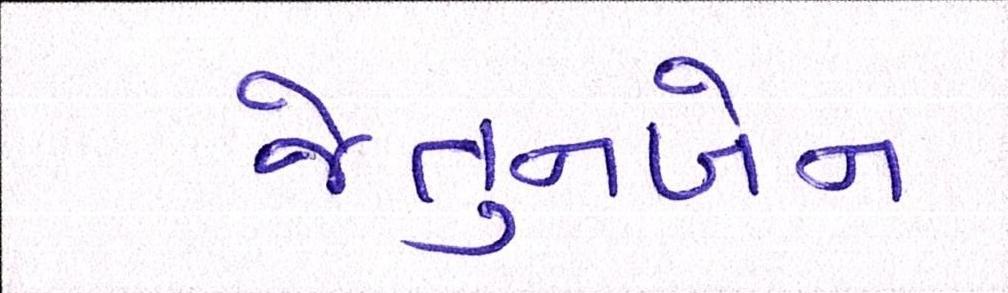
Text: જેતુનબેન